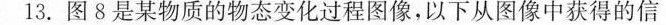
13.图8是某物质的物态变化过程图像，以下从图像中获得的信